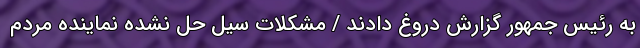
به رئیس جمهور گزارش دروغ دادند / مشکلات سیل حل نشده نماینده مردم